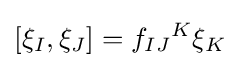
[\xi _{I},\xi _{J}]=f_{IJ}{}^{K}\xi _{K}